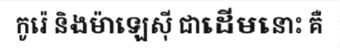
កូរ៉េ និងម៉ាឡេស៊ី ជាដើមនោះ គឺ